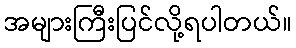
အများကြီးပြင်လို့ရပါတယ်။